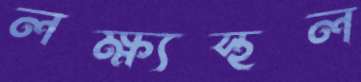
লক্ষ্যস্থল